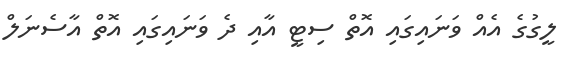
ލީގުގެ އެއް ވަނައިގައި އޮތް ސިޓީ އާއި ދެ ވަނައިގައި އޮތް އާސެނަލް